Lunatic asylums in Bengal annual reports 1888-1898 - 1888-1898
Year: 1888
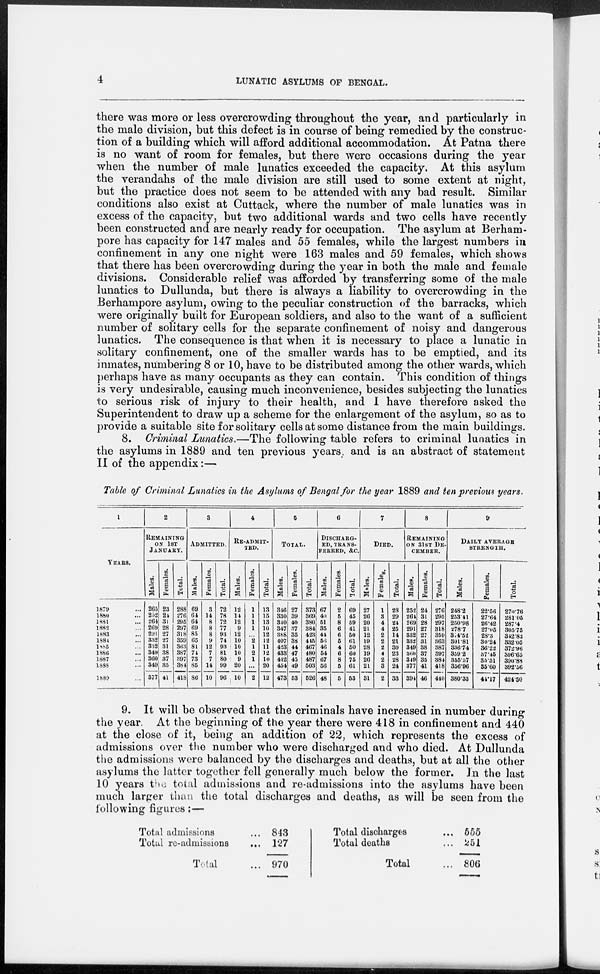
4
LUNATIC ASYLUMS OF BENGAL.
there was more or less overcrowding throughout the year, and particularly in
the male division, but this defect is in course of being remedied by the construc-
tion of a building which will afford additional accommodation. At Patna there
is no want of room for females, but there were occasions during the year
when the number of male lunatics exceeded the capacity. At this asylum
the verandahs of the male division are still used to some extent at night,
but the practice does not seem to be attended with any bad result. Similar
conditions also exist at Cuttack, where the number of male lunatics was in
excess of the capacity, but two additional wards and two cells have recently
been constructed and are nearly ready for occupation. The asylum at Berham-
pore has capacity for 147 males and 55 females, while the largest numbers in
confinement in any one night were 163 males and 59 females, which shows
that there has been overcrowding during the year in both the male and female
divisions. Considerable relief was afforded by transferring some of the male
lunatics to Dullunda, but there is always a liability to overcrowding in the
Berhampore asylum, owing to the peculiar construction of the barracks, which
were originally built for European soldiers, and also to the want of a sufficient
number of solitary cells for the separate confinement of noisy and dangerous
lunatics. The consequence is that when it is necessary to place a lunatic in
solitary confinement, one of the smaller wards has to be emptied, and its
inmates, numbering 8 or 10, have to be distributed among the other wards, which
perhaps have as many occupants as they can contain. This condition of things
is very undesirable, causing much inconvenience, besides subjecting the lunatics
to serious risk of injury to their health, and I have therefore asked the
Superintendent to draw up a scheme for the enlargement of the asylum, so as to
provide a suitable site for solitary cells at some distance from the main buildings.
8. Criminal Lunatics.—The following table refers to criminal lunatics in
the asylums in 1889 and ten previous years and is an abstract of statement
II of the appendix:—
Table of Criminal Lunatics in the Asylums of Bengal for the year 1889 and ten previous years.
1
YEARS.
1879 ...
1880 ...
1881 ...
1882 ...
1883 ...
1884 ...
1885 ...
1886 ...
1887 ...
1888 ...
1889 ...
2
REMAINING
ON 1ST
JANUARY.
Males.
265
252
264
269
291
332
332
349
360
349
377
Females.
23
24
31
28
27
27
31
38
37
35
41
Total.
288
276
295
297
318
359
363
387
397
384
418
3
ADMITTED.
Males.
69
64
64
69
85
65
81
74
73
85
86
Females.
3
14
8
8
8
9
12
7
7
14
10
Total.
72
78
72
77
93
74
93
81
80
99
90
4
RE-ADMIT-
TED.
Males.
12
14
12
9
12
10
10
10
9
20
10
Females.
1
1
1
1
...
2
1
2
1
...
2
Total.
13
15
13
10
12
12
11
12
10
20
12
5
TOTAL.
Males.
346
330
340
347
388
407
423
433
442
454
473
Females.
27
39
40
37
35
38
44
47
45
49
53
Total.
373
369
380
384
423
445
467
480
487
503
526
6
DISCHARG-
--, TRANS-
FERRED, &C.
Males.
67
40
51
35
44
56
46
54
67
56
48
Females.
2
5
8
6
6
5
4
6
8
5
5
Total.
69
45
59
41
50
61
50
60
75
61
53
7
DIED.
Males.
27
26
20
21
12
19
28
19
26
21
31
Females.
1
3
4
4
2
2
2
4
2
3
2
Total.
28
29
24
25
14
21
30
23
28
24
33
8
REMAINING
ON 31ST DE-
------.
Males.
252
264
269
291
332
332
349
360
349
377
394
Females.
24
31
28
27
27
31
38
37
35
41
46
Total.
276
295
297
318
359
363
387
397
384
418
440
9
DAILY AVERAGE
STRENGTH.
Males.
248.2
253.41
250.98
278.7
314.52
301.81
336.74
359.2
355.57
350.96
380.33
Females.
22.56
27.64
20.42
27.05
28.3
30.24
36.22
37.45
35.31
35.00
44.17
Total.
270.76
281.05
287.4
305.75
342.82
332.05
372.96
396.65
390.88
392.56
424.50
9. It will be observed that the criminals have increased in number during
the year. At the beginning of the year there were 418 in confinement and 440
at the close of it, being an addition of 22, which represents the excess of
admissions over the number who were discharged and who died. At Dullunda
the admissions were balanced by the discharges and deaths, but at all the other
asylums the latter together fell generally much below the former. In the last
10 years the total admissions and re-admissions into the asylums have been
much larger than the total discharges and deaths, as will be seen from the
following figures:—
Total admissions ...
Total re-admissions ...
Total ...
843
127
970
Total discharges ...
Total deaths ...
Total ...
555
251
806